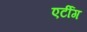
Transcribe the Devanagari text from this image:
एर्टीग